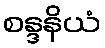
စန္ဒနိယံ